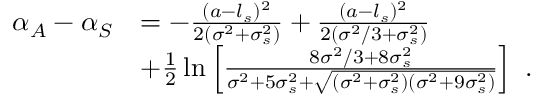
\begin{array} { r l } { \alpha _ { A } - \alpha _ { S } } & { = - \frac { ( a - l _ { s } ) ^ { 2 } } { 2 ( \sigma ^ { 2 } + \sigma _ { s } ^ { 2 } ) } + \frac { ( a - l _ { s } ) ^ { 2 } } { 2 ( \sigma ^ { 2 } / 3 + \sigma _ { s } ^ { 2 } ) } } \\ & { + \frac { 1 } { 2 } \ln \left[ \frac { 8 \sigma ^ { 2 } / 3 + 8 \sigma _ { s } ^ { 2 } } { \sigma ^ { 2 } + 5 \sigma _ { s } ^ { 2 } + \sqrt { ( \sigma ^ { 2 } + \sigma _ { s } ^ { 2 } ) ( \sigma ^ { 2 } + 9 \sigma _ { s } ^ { 2 } ) } } \right] \ . } \end{array}